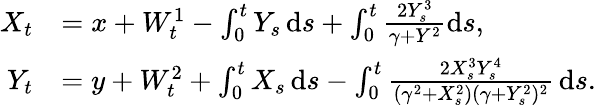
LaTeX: \begin{array}{rl}{X_{t}}&{=x+W_{t}^{1}-\int_{0}^{t}Y_{s}\, \mathrm{d}s+\int_{0}^{t}\frac{2Y_{s}^{3}}{\gamma+Y^{2}}\mathrm{d}s,}\\ {Y_{t}}&{=y+W_{t}^{2}+\int_{0}^{t}X_{s}\, \mathrm{d}s-\int_{0}^{t}\frac{2X_{s}^{3}Y_{s}^{4}}{(\gamma^{2}+X_{s}^{2})(\gamma+Y_{s}^{2})^{2}}\, \mathrm{d}s.}\end{array}